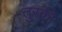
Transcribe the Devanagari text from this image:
तुरकी